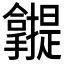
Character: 𰔾